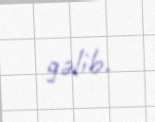
gəlib.